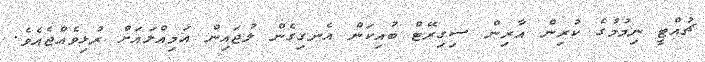
ޗުއްޓީ ނިމުމުގެ ކުރިން އާރިން ސިގިރޭޓް ބުއިކަން އެނގިގެން ލުޖައިން އަމިއްލައަށް ރުޅިވެއްޖެއެވެ.